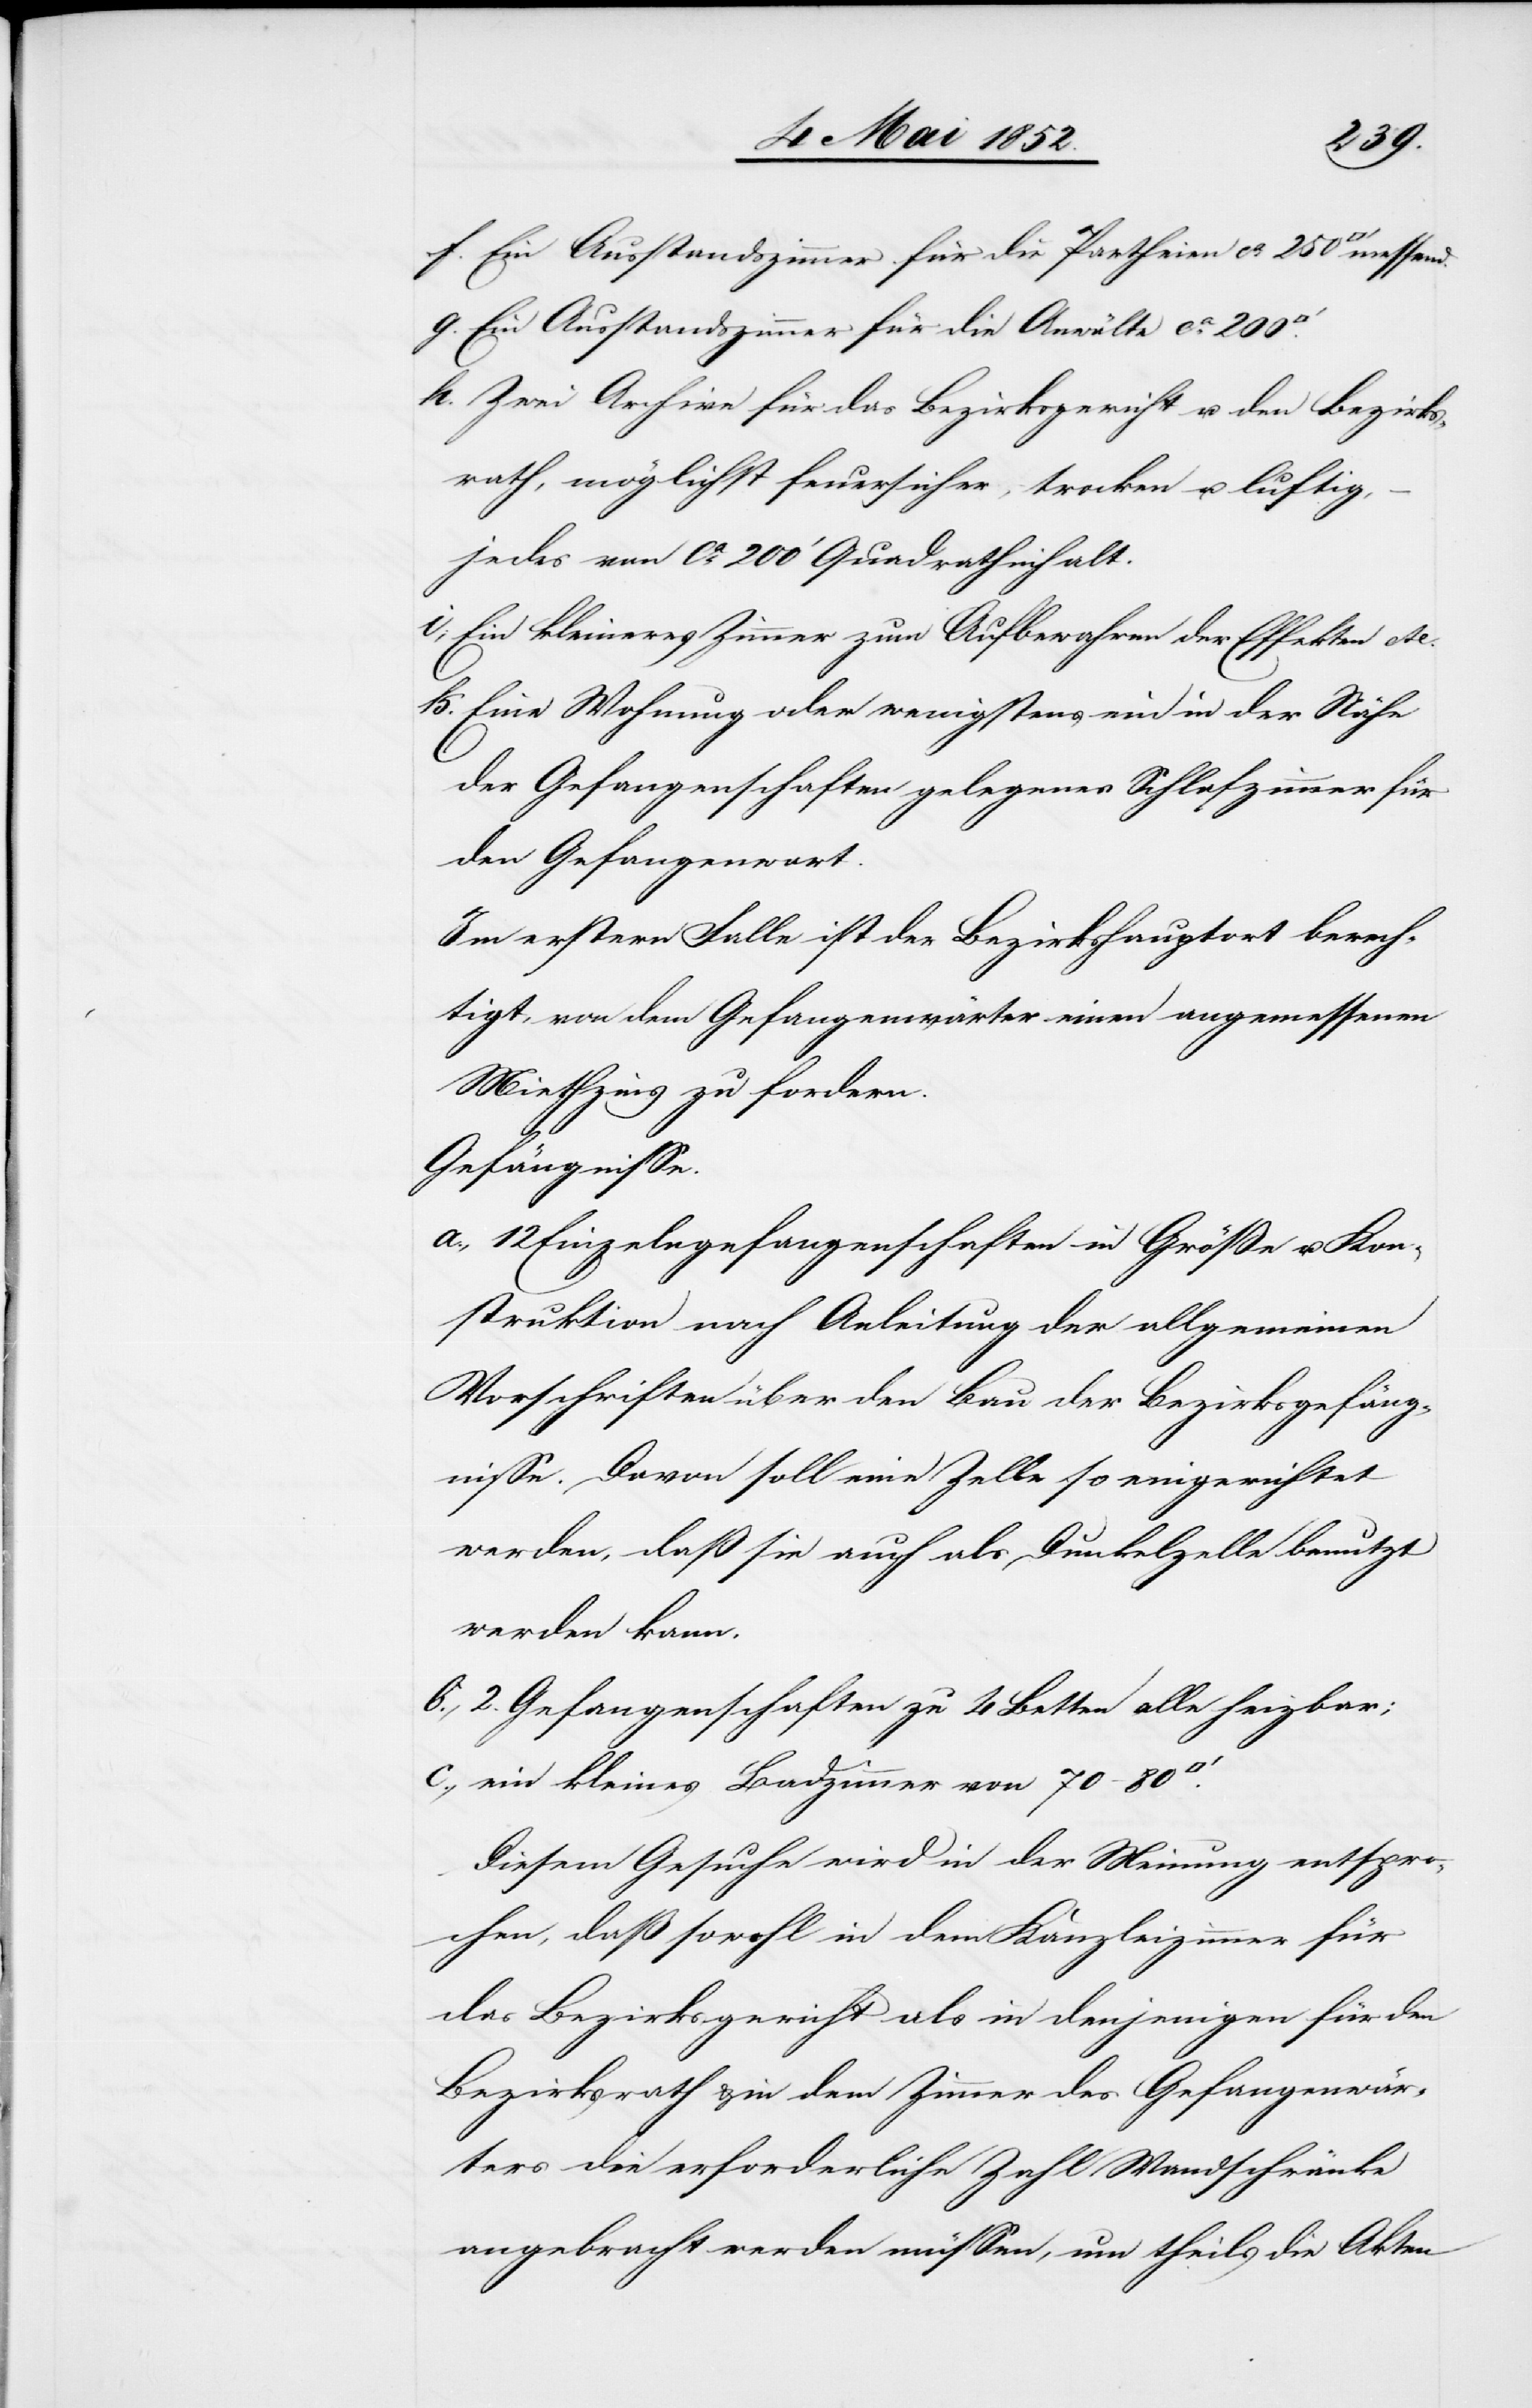
f.
Ein Ausstandszimmer für die Partheien ca. 250
Ein Ausstandszimmer für die Anwälte ca. 200
Zwei Archive für das Bezirksgericht u. den Bezirks¬
rath, möglichst feuersicher, trocken u. luftig,
jedes von ca. 200‘ Quadrathinhalt.
Ein kleineres Zimmer zum Aufbewahren der Effekten etc.
Eine Wohnung oder wenigstens ein in der Nähe
der Gefangenschaften gelegenes Schlafzimmer für
den Gefangenwart.
Im erstern Falle ist der Bezirkshauptort berech¬
tigt, von dem Gefangenwärter einen angemessenen
Miethzins zu fordern.
Gefängnisse.
12 Einzelngefangenschaften in Größe u. Kon¬
struktion nach Anleitung der allgemeinen
Vorschriften über den Bau der Bezirksgefäng¬
nisse. Davon soll eine Zelle so eingerichtet
werden, daß sie auch als Dunkelzelle benutzt
werden kann.
2. Gefangenschaften zu 4 Betten alle heizbar;
ein kleines Badzimmer von 70–80
Diesem Gesuche wird in der Meinung entspro¬
chen, daß sowohl in dem Kanzleizimmer für
das Bezirksgericht als in denjenigen für den
Bezirksrath & in dem Zimmer des Gefangenwär¬
ters die erforderliche Zahl Wandschränke
angebracht werden müssen, um theils die Akten